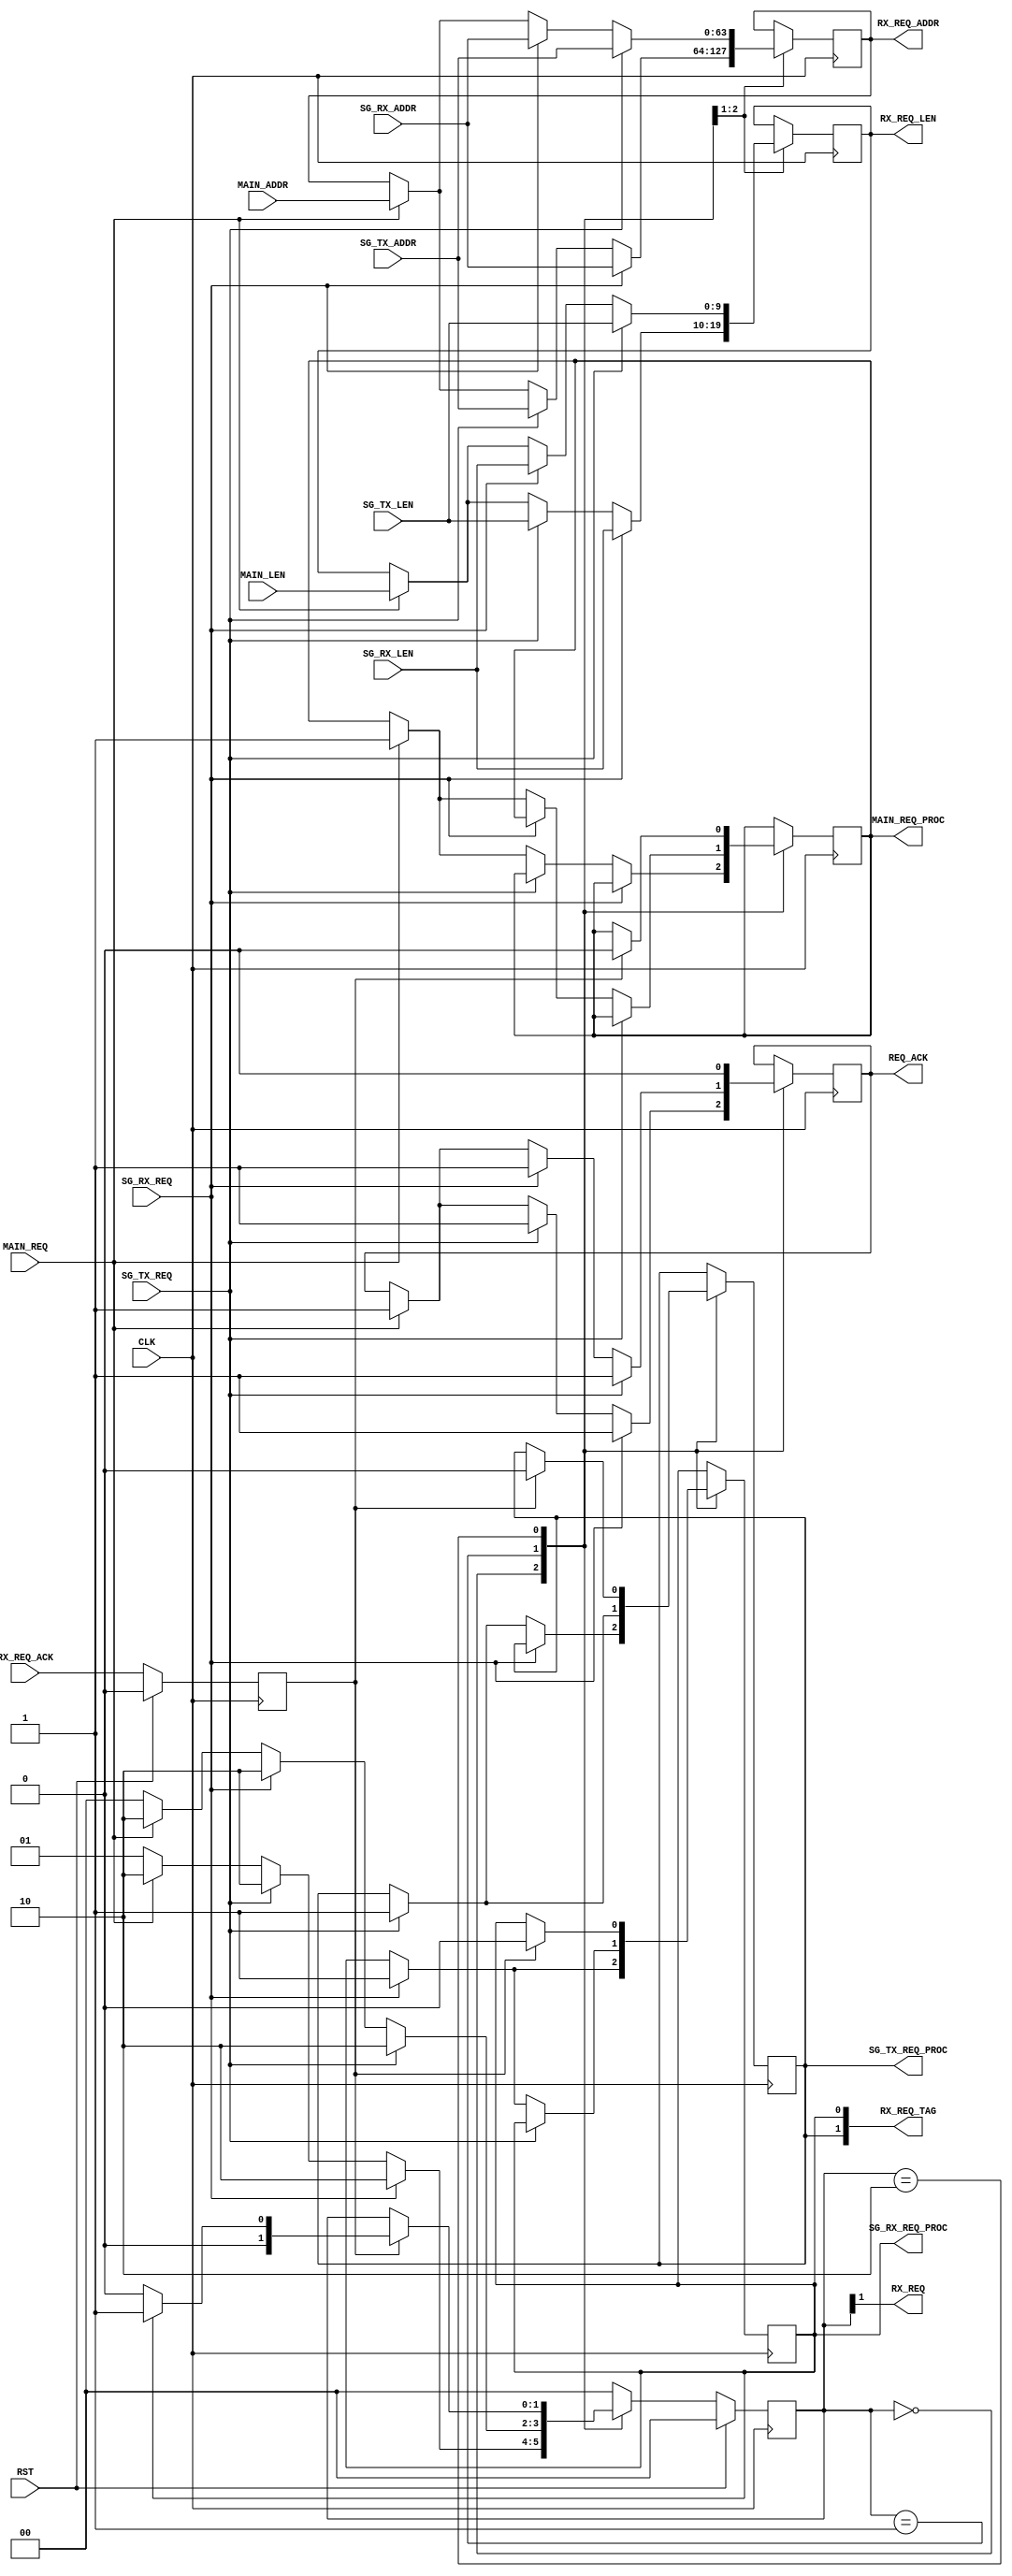
// ----------------------------------------------------------------------
// Copyright (c) 2015, The Regents of the University of California All
// rights reserved.
// 
// Redistribution and use in source and binary forms, with or without
// modification, are permitted provided that the following conditions are
// met:
// 
//     * Redistributions of source code must retain the above copyright
//       notice, this list of conditions and the following disclaimer.
// 
//     * Redistributions in binary form must reproduce the above
//       copyright notice, this list of conditions and the following
//       disclaimer in the documentation and/or other materials provided
//       with the distribution.
// 
//     * Neither the name of The Regents of the University of California
//       nor the names of its contributors may be used to endorse or
//       promote products derived from this software without specific
//       prior written permission.
// 
// THIS SOFTWARE IS PROVIDED BY THE COPYRIGHT HOLDERS AND CONTRIBUTORS
// "AS IS" AND ANY EXPRESS OR IMPLIED WARRANTIES, INCLUDING, BUT NOT
// LIMITED TO, THE IMPLIED WARRANTIES OF MERCHANTABILITY AND FITNESS FOR
// A PARTICULAR PURPOSE ARE DISCLAIMED. IN NO EVENT SHALL REGENTS OF THE
// UNIVERSITY OF CALIFORNIA BE LIABLE FOR ANY DIRECT, INDIRECT,
// INCIDENTAL, SPECIAL, EXEMPLARY, OR CONSEQUENTIAL DAMAGES (INCLUDING,
// BUT NOT LIMITED TO, PROCUREMENT OF SUBSTITUTE GOODS OR SERVICES; LOSS
// OF USE, DATA, OR PROFITS; OR BUSINESS INTERRUPTION) HOWEVER CAUSED AND
// ON ANY THEORY OF LIABILITY, WHETHER IN CONTRACT, STRICT LIABILITY, OR
// TORT (INCLUDING NEGLIGENCE OR OTHERWISE) ARISING IN ANY WAY OUT OF THE
// USE OF THIS SOFTWARE, EVEN IF ADVISED OF THE POSSIBILITY OF SUCH
// DAMAGE.
// ----------------------------------------------------------------------
//----------------------------------------------------------------------------
// Version:				1.00.a
// Verilog Standard:	Verilog-2001
// Description:			Issues read requests to the tx_engine for the rx_port
// and sg_list_requester modules in the rx_port. Expects those modules to update
// their address and length values after every request issued. Also expects them
// to update their space available values within 6 cycles of a change to the
// RX_LEN.
// History:				@mattj: Version 2.0
//-----------------------------------------------------------------------------
`define S_RXPORTREQ_RX_TX		2'b00
`define S_RXPORTREQ_TX_RX		2'b01
`define S_RXPORTREQ_ISSUE		2'b10

`timescale 1ns/1ns
module rx_port_requester_mux (
	input RST,
	input CLK,
	
	input SG_RX_REQ,				// Scatter gather RX read request
	input [9:0] SG_RX_LEN,			// Scatter gather RX read request length
	input [63:0] SG_RX_ADDR,		// Scatter gather RX read request address
	output SG_RX_REQ_PROC,			// Scatter gather RX read request processing

	input SG_TX_REQ,				// Scatter gather TX read request
	input [9:0] SG_TX_LEN,			// Scatter gather TX read request length
	input [63:0] SG_TX_ADDR,		// Scatter gather TX read request address
	output SG_TX_REQ_PROC,			// Scatter gather TX read request processing
	
	input MAIN_REQ,					// Main read request
	input [9:0] MAIN_LEN,			// Main read request length
	input [63:0] MAIN_ADDR,			// Main read request address
	output MAIN_REQ_PROC,			// Main read request processing

	output RX_REQ,					// Read request
	input RX_REQ_ACK,				// Read request accepted
	output [1:0] RX_REQ_TAG,		// Read request data tag 
	output [63:0] RX_REQ_ADDR,		// Read request address
	output [9:0] RX_REQ_LEN,		// Read request length

	output REQ_ACK					// Request accepted
);

reg									rRxReqAck=0, _rRxReqAck=0;

(* syn_encoding = "user" *)
(* fsm_encoding = "user" *)
reg		[1:0]						rState=`S_RXPORTREQ_RX_TX, _rState=`S_RXPORTREQ_RX_TX;
reg		[9:0]						rLen=0, _rLen=0;
reg		[63:0]						rAddr=64'd0, _rAddr=64'd0;
reg									rSgRxAck=0, _rSgRxAck=0;
reg									rSgTxAck=0, _rSgTxAck=0;
reg									rMainAck=0, _rMainAck=0;
reg									rAck=0, _rAck=0;


assign SG_RX_REQ_PROC = rSgRxAck;
assign SG_TX_REQ_PROC = rSgTxAck;
assign MAIN_REQ_PROC = rMainAck;

assign RX_REQ = rState[1]; // S_RXPORTREQ_ISSUE
assign RX_REQ_TAG = {rSgTxAck, rSgRxAck};
assign RX_REQ_ADDR = rAddr;
assign RX_REQ_LEN = rLen;

assign REQ_ACK = rAck;


// Buffer signals that come from outside the rx_port.
always @ (posedge CLK) begin
	rRxReqAck <= #1 (RST ? 1'd0 : _rRxReqAck);
end

always @ (*) begin
	_rRxReqAck = RX_REQ_ACK;
end


// Handle issuing read requests. Scatter gather requests are processed
// with higher priority than the main channel.
always @ (posedge CLK) begin
	rState <= #1 (RST ? `S_RXPORTREQ_RX_TX : _rState);
	rLen <= #1 _rLen;
	rAddr <= #1 _rAddr;
	rSgRxAck <= #1 _rSgRxAck;
	rSgTxAck <= #1 _rSgTxAck;
	rMainAck <= #1 _rMainAck;
	rAck <= #1 _rAck;
end

always @ (*) begin
	_rState = rState;
	_rLen = rLen;
	_rAddr = rAddr;
	_rSgRxAck = rSgRxAck;
	_rSgTxAck = rSgTxAck;
	_rMainAck = rMainAck;
	_rAck = rAck;
	case (rState)

	`S_RXPORTREQ_RX_TX: begin // Wait for a new read request
		if (SG_RX_REQ) begin
			_rLen = SG_RX_LEN;
			_rAddr = SG_RX_ADDR;
			_rSgRxAck = 1;
			_rAck = 1;
			_rState = `S_RXPORTREQ_ISSUE;
		end
		else if (SG_TX_REQ) begin
			_rLen = SG_TX_LEN;
			_rAddr = SG_TX_ADDR;
			_rSgTxAck = 1;
			_rAck = 1;
			_rState = `S_RXPORTREQ_ISSUE;
		end
		else if (MAIN_REQ) begin
			_rLen = MAIN_LEN;
			_rAddr = MAIN_ADDR;
			_rMainAck = 1;
			_rAck = 1;
			_rState = `S_RXPORTREQ_ISSUE;
		end
		else begin
			_rState = `S_RXPORTREQ_TX_RX;
		end
	end

	`S_RXPORTREQ_TX_RX: begin // Wait for a new read request
		if (SG_TX_REQ) begin
			_rLen = SG_TX_LEN;
			_rAddr = SG_TX_ADDR;
			_rSgTxAck = 1;
			_rAck = 1;
			_rState = `S_RXPORTREQ_ISSUE;
		end
		else if (SG_RX_REQ) begin
			_rLen = SG_RX_LEN;
			_rAddr = SG_RX_ADDR;
			_rSgRxAck = 1;
			_rAck = 1;
			_rState = `S_RXPORTREQ_ISSUE;
		end
		else if (MAIN_REQ) begin
			_rLen = MAIN_LEN;
			_rAddr = MAIN_ADDR;
			_rMainAck = 1;
			_rAck = 1;
			_rState = `S_RXPORTREQ_ISSUE;
		end
		else begin
			_rState = `S_RXPORTREQ_RX_TX;
		end
	end

	`S_RXPORTREQ_ISSUE: begin // Issue the request
		_rAck = 0;
		if (rRxReqAck) begin
			_rSgRxAck = 0;
			_rSgTxAck = 0;
			_rMainAck = 0;
			if (rSgRxAck)
				_rState = `S_RXPORTREQ_TX_RX;
			else
				_rState = `S_RXPORTREQ_RX_TX;
		end
	end

	default: begin
		_rState = `S_RXPORTREQ_RX_TX;
	end

	endcase
end

endmodule